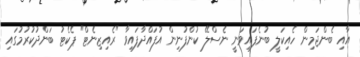
އާއި ބެންޖަމިން ހެއިކަލީ ބުނެފައިވަނީ ނެސްލޭ ކުންފުނިން އުފައްދާފައިވާާ "ރެއިޒިނެޓް" ޕެކެޓު ބަންދުކުރުމުގައި